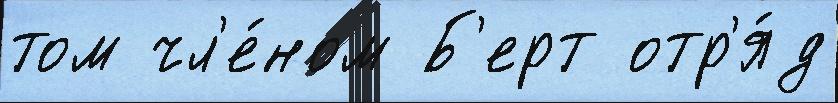
том чл'е́ном Б'ерт отр'я́д